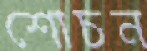
শোচন